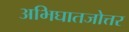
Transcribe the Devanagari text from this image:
अभिघातजोत्तर